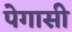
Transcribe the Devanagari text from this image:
पेगासी